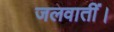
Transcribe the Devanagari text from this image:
जलवातीं।